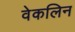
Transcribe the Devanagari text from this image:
वेकलिन